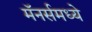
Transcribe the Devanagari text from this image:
मॅनर्समध्ये